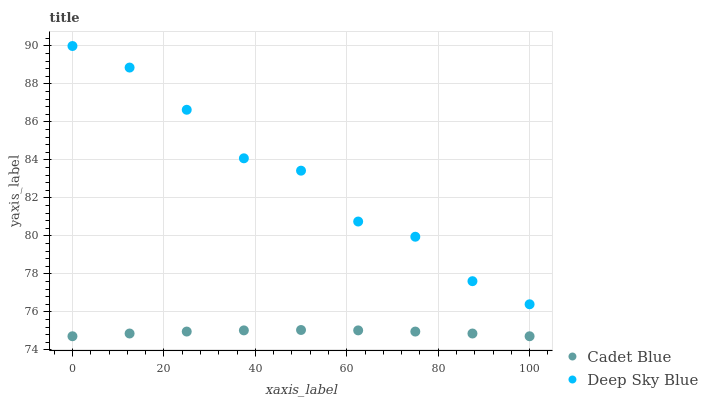
| xaxis_label | Cadet Blue | Deep Sky Blue |
 | --- | --- | --- |
 | 0 | 74.7 | 90 |
 | 12.5 | 74.9 | 88.9 |
 | 25 | 75 | 86.6 |
 | 37.5 | 75 | 84.1 |
 | 50 | 75 | 83.4 |
 | 62.5 | 75 | 80.8 |
 | 75 | 75 | 80 |
 | 87.5 | 74.9 | 77.6 |
 | 100 | 74.7 | 76.4 |